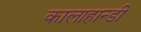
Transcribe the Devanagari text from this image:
कालाहान्डी